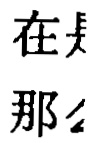
在長
那么